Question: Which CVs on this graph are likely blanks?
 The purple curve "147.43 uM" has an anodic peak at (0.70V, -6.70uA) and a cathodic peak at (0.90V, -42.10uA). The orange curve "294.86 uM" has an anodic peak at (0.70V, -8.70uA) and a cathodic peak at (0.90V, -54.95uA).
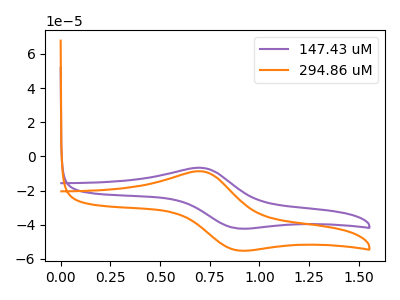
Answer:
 <answer>There are not any CV's on this graph that are likely to be blanks.</answer>
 <eval>none</eval>